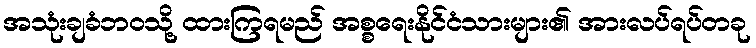
အသုံးချခံဘဝသို့ ထားကြရမည် အစ္စရေးနိုင်ငံသားများ၏ အားလပ်ရပ်တခု